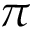
\pi